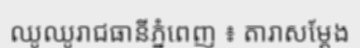
ឈូឈូរាជធានីភ្នំពេញ ៖ តារាសម្តែង